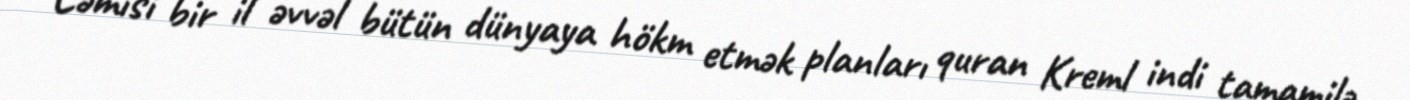
Cəmisi bir il əvvəl bütün dünyaya hökm etmək planları quran Kreml indi tamamilə